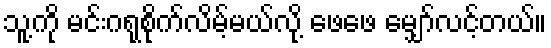
သူ့ကို မင်းဂရုစိုက်လိမ့်မယ်လို့ ဖေဖေ မျှော်လင့်တယ်။